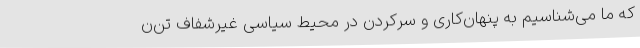
که ما می‌شناسیم به پنهان‌کاری و سرکردن در محیط سیاسی غیرشفاف تن‌ن